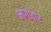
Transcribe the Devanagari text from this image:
भागावार